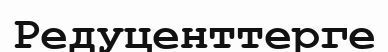
Редуценттерге